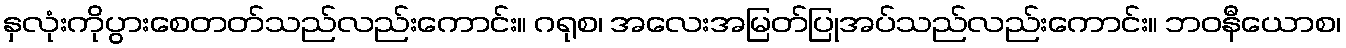
နှလုံးကိုပွားစေတတ်သည်လည်းကောင်း။ ဂရုစ၊ အလေးအမြတ်ပြုအပ်သည်လည်းကောင်း။ ဘဝနီယောစ၊